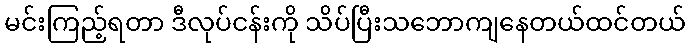
မင်းကြည့်ရတာ ဒီလုပ်ငန်းကို သိပ်ပြီးသဘောကျနေတယ်ထင်တယ်